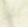
أش